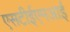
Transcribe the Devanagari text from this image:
एसटीईएमआई